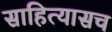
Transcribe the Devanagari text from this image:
साहित्यासच